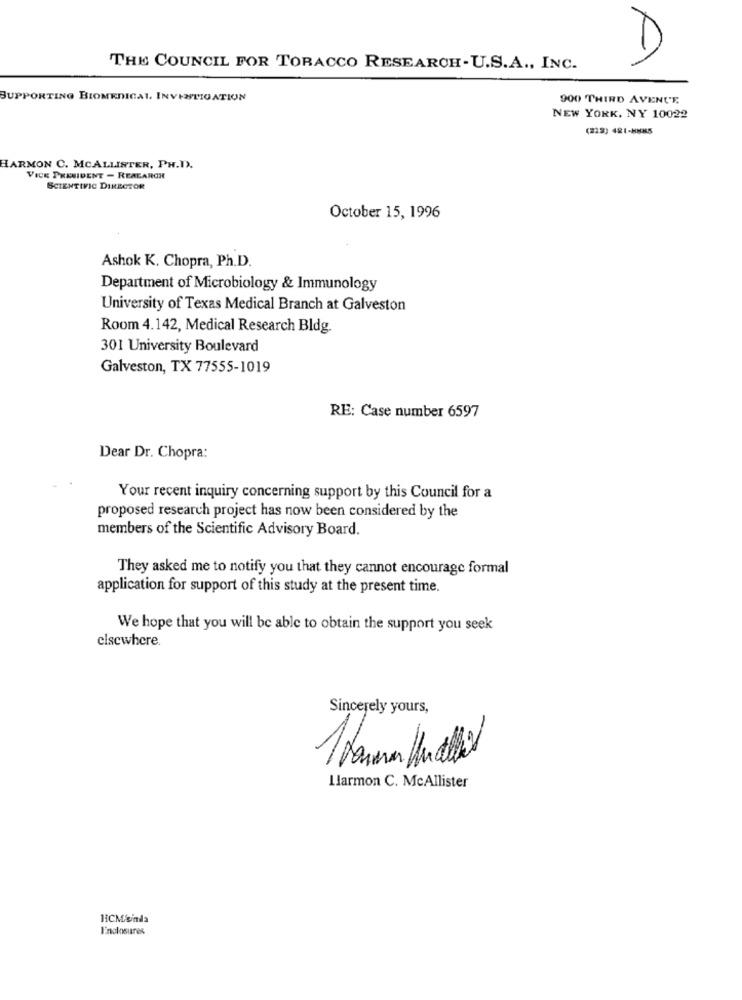
D
THE COUNCIL FOR TORACCO RESEARCH-U.S.A ., INC.
SUPPORTING BIOMEDICAL. INVESTIGATION
900 THIRD AVENUE
NEW YORK, NY 10022
(228) 481-HHK5
HARMON C. MCALLISTER, PH.D).
VICE PRESIDENT - REALARGH
SCIENTIFIC DIRECTOR
October 15, 1996
Ashok K. Chopra, Ph.D.
Department of Microbiology & Immunology
University of Texas Medical Branch at Galveston
Room 4.142, Medical Research Bldg.
301 University Boulevard
Galveston, TX 77555-1019
RE: Case number 6597
Dear Dr. Chopra:
Your recent inquiry concerning support by this Council for a
proposed research project has now been considered by the
members of the Scientific Advisory Board.
They asked me to notify you that they cannot encourage formal
application for support of this study at the present time.
We hope that you will be able to obtain the support you seek
elsewhere.
Sincerely yours,
Ilarmon C. McAllister
HCM/enda
Enclosures